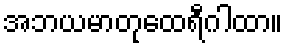
အဘယမာတုထေရီဂါထာ။